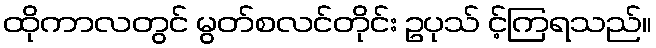
ထိုကာလတွင် မွတ်စလင်တိုင်း ဥပုသ် င့်ကြရသည်။